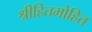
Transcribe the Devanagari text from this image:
श्रीहितमोहित